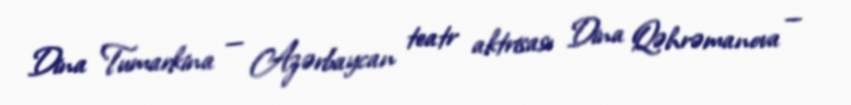
Dina Tumarkina — Azərbaycan teatr aktrisası Dina Qəhrəmanova —